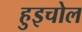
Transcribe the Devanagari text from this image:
हुइचोल